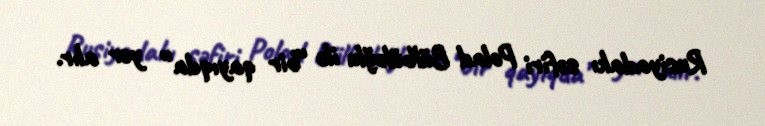
Rusiyadakı səfiri Polad Bülbüloğlu ilə “bir qayıqda” yer alır.